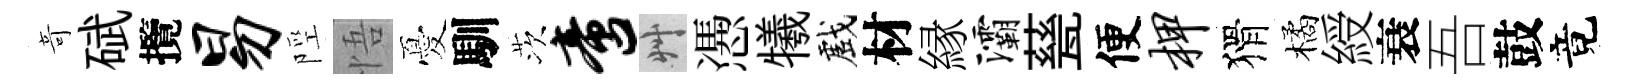
竒碔攬易陘悟憂馴茨啻艸慿犧戲材縁灞甆便柙猾橘綬衰吾鼓竟